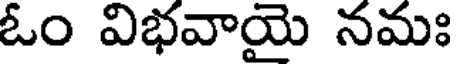
ఓం విభవాయై నమః